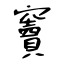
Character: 竇